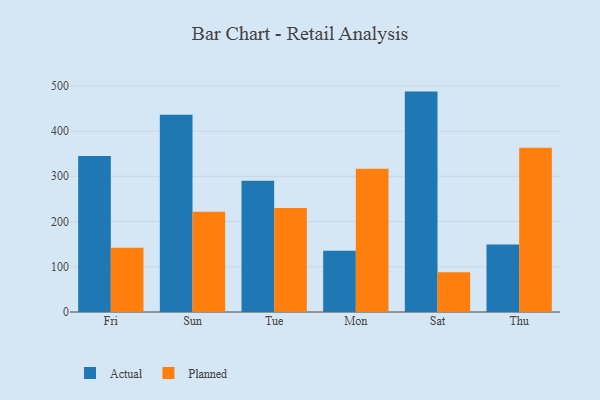
{"axis": {"x": "Day", "y": "Satisfaction Score"}, "legend": ["Actual", "Planned"], "data": [{"x": "Fri", "y": 344.7, "type": "Actual"}, {"x": "Fri", "y": 142.0, "type": "Planned"}, {"x": "Sun", "y": 436.1, "type": "Actual"}, {"x": "Sun", "y": 221.8, "type": "Planned"}, {"x": "Tue", "y": 290.0, "type": "Actual"}, {"x": "Tue", "y": 230.0, "type": "Planned"}, {"x": "Mon", "y": 135.6, "type": "Actual"}, {"x": "Mon", "y": 316.5, "type": "Planned"}, {"x": "Sat", "y": 487.2, "type": "Actual"}, {"x": "Sat", "y": 88.1, "type": "Planned"}, {"x": "Thu", "y": 149.1, "type": "Actual"}, {"x": "Thu", "y": 363.3, "type": "Planned"}]}